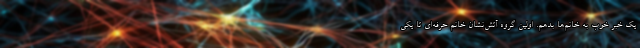
یک خبر خوب به خانم‌ها بدهم. اولین گروه آتش‌نشان خانم حرفه‌ای تا یکی